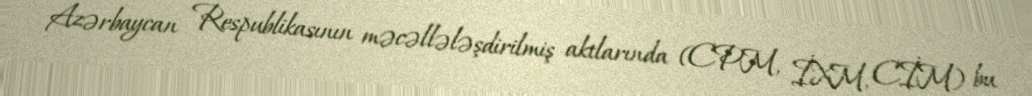
Azərbaycan Respublikasının məcəllələşdirilmiş aktlarında (CPM, İXM, CİM) bu